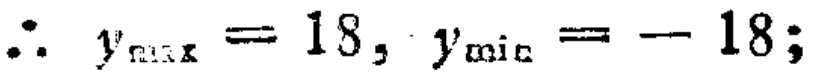
\(\therefore y_{\max}=18, y_{\min}=-18;\)